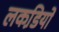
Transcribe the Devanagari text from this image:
लकडि़यों